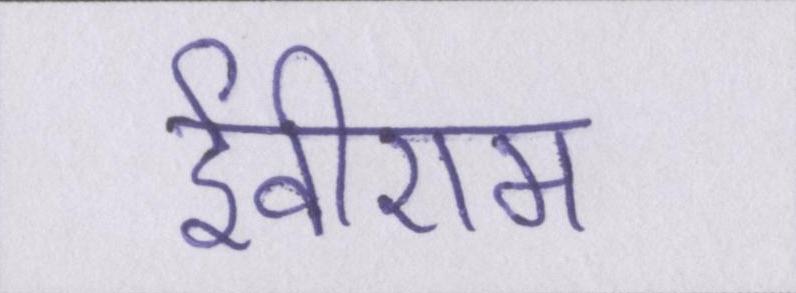
ईवीएम